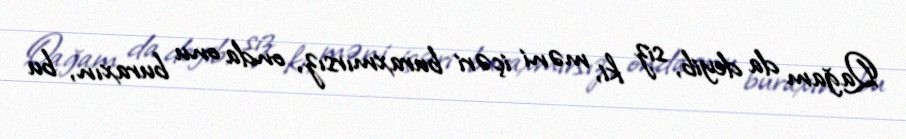
Qağam da deyib, siz ki, məni içəri buraxmırsız, onda onu buraxın, bu